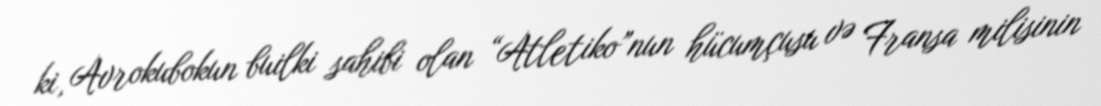
ki, Avrokubokun builki sahibi olan “Atletiko”nun hücumçusu və Fransa milisinin